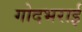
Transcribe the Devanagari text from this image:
गोदभराई